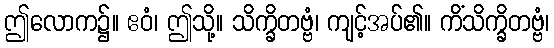
ဤလောက၌။ ဧဝံ၊ ဤသို့။ သိက္ခိတဗ္ဗံ၊ ကျင့်အပ်၏။ ကိံသိက္ခိတဗ္ဗံ၊